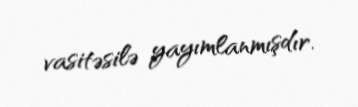
vasitəsilə yayımlanmışdır.